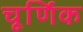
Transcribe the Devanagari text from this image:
चूर्णिक